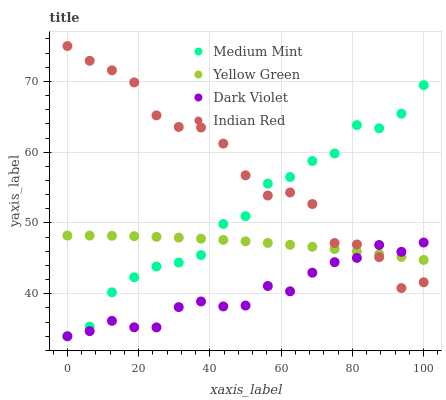
| xaxis_label | Medium Mint | Yellow Green | Dark Violet | Indian Red |
 | --- | --- | --- | --- | --- |
 | 0 | 34 | 48.2 | 34 | 75 |
 | 6.25 | 35.4 | 48.2 | 34.7 | 72.9 |
 | 12.5 | 40.2 | 48.2 | 36.2 | 71.6 |
 | 18.8 | 42.3 | 48.1 | 35.3 | 69.9 |
 | 25 | 43.8 | 48 | 35.3 | 65.2 |
 | 31.2 | 44.4 | 47.9 | 38.1 | 63.6 |
 | 37.5 | 45.5 | 47.8 | 38.9 | 63.5 |
 | 43.8 | 49.9 | 47.6 | 38.2 | 61.2 |
 | 50 | 51 | 47.4 | 38.3 | 56.7 |
 | 56.2 | 55.6 | 47.2 | 41.1 | 53.9 |
 | 62.5 | 56.5 | 46.9 | 40.3 | 54.3 |
 | 68.8 | 58.8 | 46.6 | 43 | 52.7 |
 | 75 | 59.8 | 46.3 | 44.5 | 47.2 |
 | 81.2 | 63.8 | 46 | 45.1 | 47 |
 | 87.5 | 63.4 | 45.6 | 46.9 | 45.2 |
 | 93.8 | 65.4 | 45.2 | 45.9 | 40.8 |
 | 100 | 69.5 | 44.8 | 47.2 | 41.6 |